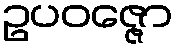
ဥပဝဇ္ဇော